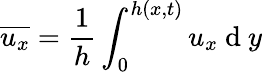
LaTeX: \overline{{u_{x}}}=\frac{1}{h}\int_{0}^{h(x,t)}u_{x}\mathrm{~d~}y